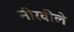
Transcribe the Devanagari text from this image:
नीरवीले